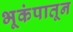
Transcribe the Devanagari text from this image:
भूकंपातून